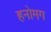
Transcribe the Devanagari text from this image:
हनोमग